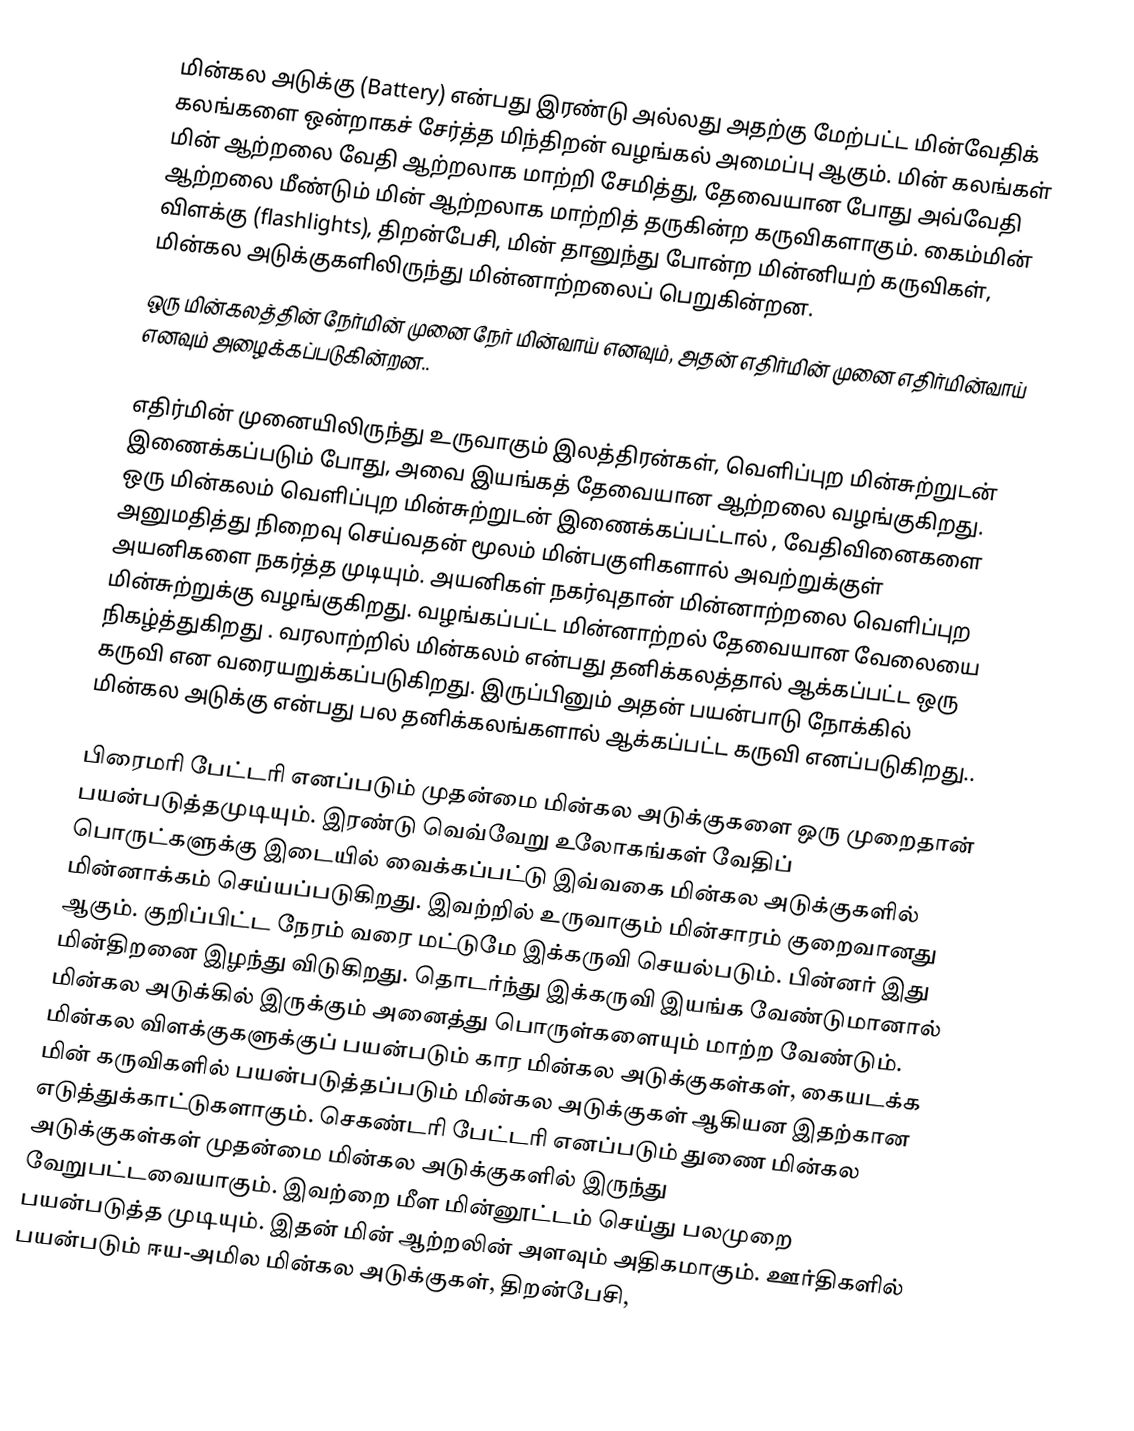
மின்கல அடுக்கு (Battery) என்பது இரண்டு அல்லது அதற்கு மேற்பட்ட மின்வேதிக் கலங்களை ஒன்றாகச் சேர்த்த மிந்திறன் வழங்கல் அமைப்பு ஆகும். மின் கலங்கள் மின் ஆற்றலை வேதி ஆற்றலாக மாற்றி சேமித்து,  தேவையான போது அவ்வேதி ஆற்றலை மீண்டும் மின் ஆற்றலாக மாற்றித் தருகின்ற கருவிகளாகும். கைம்மின் விளக்கு (flashlights), திறன்பேசி, மின் தானுந்து போன்ற மின்னியற் கருவிகள், மின்கல அடுக்குகளிலிருந்து மின்னாற்றலைப் பெறுகின்றன.
ஒரு மின்கலத்தின் நேர்மின் முனை நேர் மின்வாய் எனவும்,  அதன் எதிர்மின் முனை எதிர்மின்வாய் எனவும் அழைக்கப்படுகின்றன..

எதிர்மின் முனையிலிருந்து உருவாகும் இலத்திரன்கள், வெளிப்புற மின்சுற்றுடன் இணைக்கப்படும் போது, அவை இயங்கத் தேவையான ஆற்றலை வழங்குகிறது. ஒரு மின்கலம் வெளிப்புற மின்சுற்றுடன் இணைக்கப்பட்டால் , வேதிவினைகளை அனுமதித்து நிறைவு செய்வதன் மூலம் மின்பகுளிகளால் அவற்றுக்குள் அயனிகளை நகர்த்த முடியும். அயனிகள் நகர்வுதான் மின்னாற்றலை வெளிப்புற மின்சுற்றுக்கு வழங்குகிறது. வழங்கப்பட்ட மின்னாற்றல் தேவையான வேலையை நிகழ்த்துகிறது . வரலாற்றில் மின்கலம் என்பது  தனிக்கலத்தால் ஆக்கப்பட்ட ஒரு கருவி என வரையறுக்கப்படுகிறது. இருப்பினும் அதன் பயன்பாடு நோக்கில் மின்கல அடுக்கு என்பது பல தனிக்கலங்களால் ஆக்கப்பட்ட கருவி எனப்படுகிறது..

பிரைமரி பேட்டரி எனப்படும் முதன்மை மின்கல அடுக்குகளை ஒரு முறைதான் பயன்படுத்தமுடியும். இரண்டு வெவ்வேறு உலோகங்கள் வேதிப் பொருட்களுக்கு இடையில் வைக்கப்பட்டு இவ்வகை மின்கல அடுக்குகளில் மின்னாக்கம் செய்யப்படுகிறது. இவற்றில் உருவாகும் மின்சாரம் குறைவானது ஆகும். குறிப்பிட்ட நேரம் வரை மட்டுமே இக்கருவி செயல்படும். பின்னர்  இது மின்திறனை இழந்து விடுகிறது. தொடர்ந்து இக்கருவி இயங்க வேண்டுமானால் மின்கல அடுக்கில் இருக்கும் அனைத்து பொருள்களையும் மாற்ற வேண்டும். மின்கல விளக்குகளுக்குப் பயன்படும் கார மின்கல அடுக்குகள்கள், கையடக்க மின் கருவிகளில் பயன்படுத்தப்படும் மின்கல அடுக்குகள் ஆகியன இதற்கான எடுத்துக்காட்டுகளாகும். செகண்டரி பேட்டரி எனப்படும் துணை மின்கல அடுக்குகள்கள் முதன்மை மின்கல அடுக்குகளில் இருந்து வேறுபட்டவையாகும். இவற்றை மீள மின்னூட்டம் செய்து பலமுறை பயன்படுத்த முடியும். இதன் மின் ஆற்றலின் அளவும் அதிகமாகும். ஊர்திகளில் பயன்படும் ஈய-அமில மின்கல அடுக்குகள், திறன்பேசி,